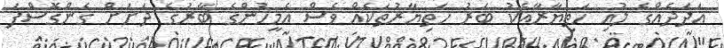
އަދަދެއްގެ ލުއި ހަތިޔާރާއެކު ބަރު ހަތިޔާރުތަކެއް ވެސް އެމީހުންގެ ބާރުގެ ދަށަށް ގެންގޮސްފަ